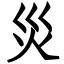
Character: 災